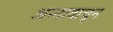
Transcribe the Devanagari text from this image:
अन्नावाचून